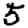
Digit: 5